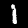
Label: 1